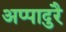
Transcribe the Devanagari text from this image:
अप्पादुरै